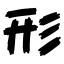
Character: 形